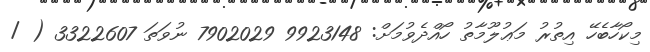
މިކޯހާބެހޭ އިތުރު މަޢުލޫމާތު ހޯއްދެވުމަށް: 9923148 7902029 ނުވަތަ 3322607 ( /